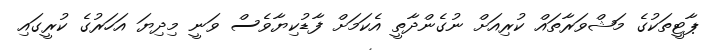
ޕާޓީތަކުގެ މަޝްވަރާތައް ކުރިއަށް ނުގެންދާތީ އެކަމަށް ފާޑުކިޔާވެސް ވަނީ މިދިޔަ އަހަރުގެ ކުރީގައި